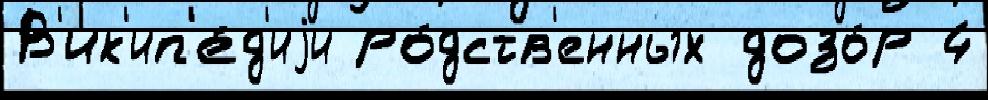
В'ик'ип'е́д'иjи ро́дств'енных дозо́р 4